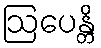
ဩပေန္တိ